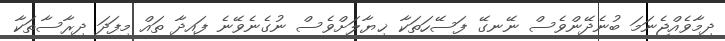
ދިމާވެއްޖެނަމަ ބުނެދޭންވެސް ނޭނގޭ ފަސޭހަތަކާ ޚިޔާލަށްވެސް ނުގެނެވޭނެ ފައިދާ ތައް މިފަދަ ދިރާސާތަކާ